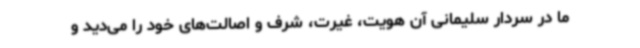
ما در سردار سلیمانی آن هویت، غیرت، شرف و اصالت‌های خود را می‌دید و